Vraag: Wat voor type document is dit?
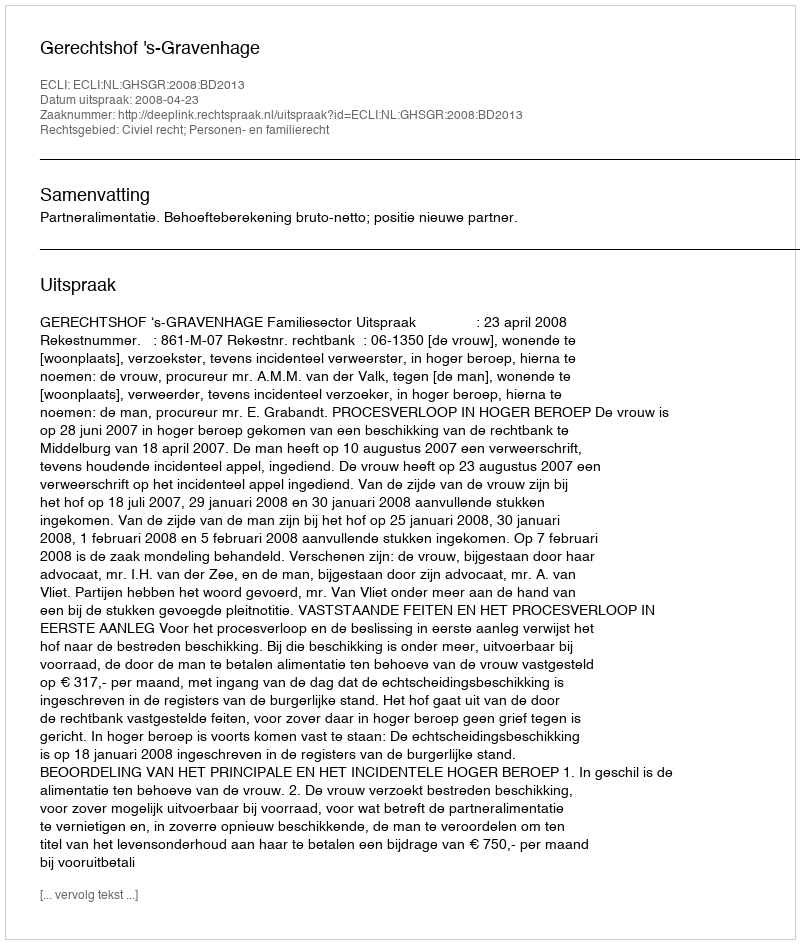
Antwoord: Uitspraak